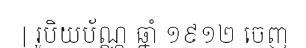
| រូបិយប័ណ្ណ ឆ្នាំ ១៩១២ ចេញ